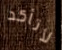
لأتأكد